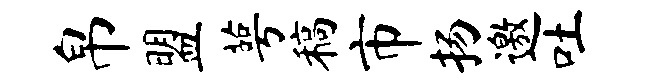
帛盟萼稿市扬邀吐